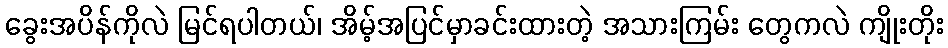
ခွေးအပိန်ကိုလဲ မြင်ရပါတယ်၊ အိမ့်အပြင်မှာခင်းထားတဲ့ အသားကြမ်း တွေကလဲ ကျိုးတိုး